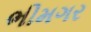
ભીમગર